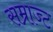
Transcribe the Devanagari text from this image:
सम्राज्ट